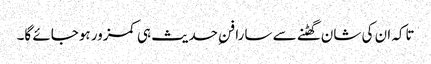
تاکہ ان کی شان گھٹنے سے سارا فنِ حدیث ہی کمزور ہوجائے گا۔